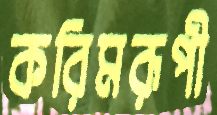
করিমরূপী